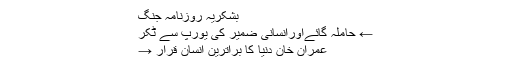
بشکریہ روزنامہ جنگ
← حاملہ گائےاورانسانی ضمیر کی یورپ سے ٹکر
عمران خان دنیا کا براترین انسان قرار →